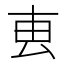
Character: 叀